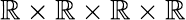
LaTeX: \mathbb{R}\times\mathbb{R}\times\mathbb{R}\times\mathbb{R}